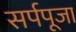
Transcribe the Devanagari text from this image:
सर्पपूजा